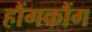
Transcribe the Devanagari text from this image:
हौंगकौंग